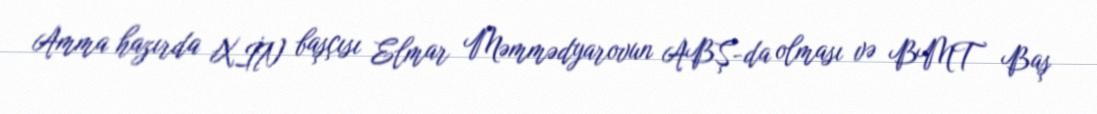
Amma hazırda XİN başçısı Elmar Məmmədyarovun ABŞ-da olması və BMT Baş